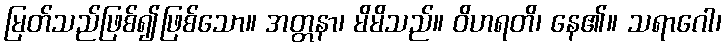
မြတ်သည်ဖြစ်၍ဖြစ်သော။ အတ္တနာ၊ မိမိသည်။ ဝိဟရတိ၊ နေ၏။ သရာဂေါ၊